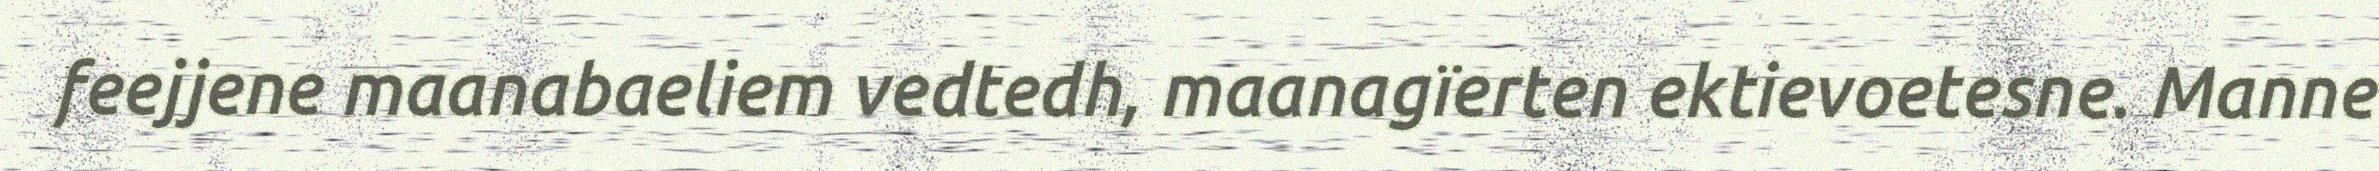
feejjene maanabaeliem vedtedh, maanagïerten ektievoetesne. Manne